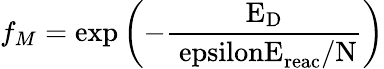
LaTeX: f_{M}=\mathrm{{exp}\left(-\frac{E_{\mathrm{{D}}}}{\ epsilonE_{\mathrm{{reac}}}/N}\right)}